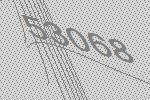
53068